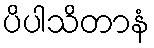
ပိပါသိတာနံ